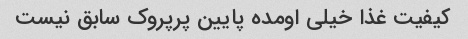
کیفیت غذا خیلی اومده پایین پرپروک سابق نیست